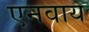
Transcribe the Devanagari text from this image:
एनवाय